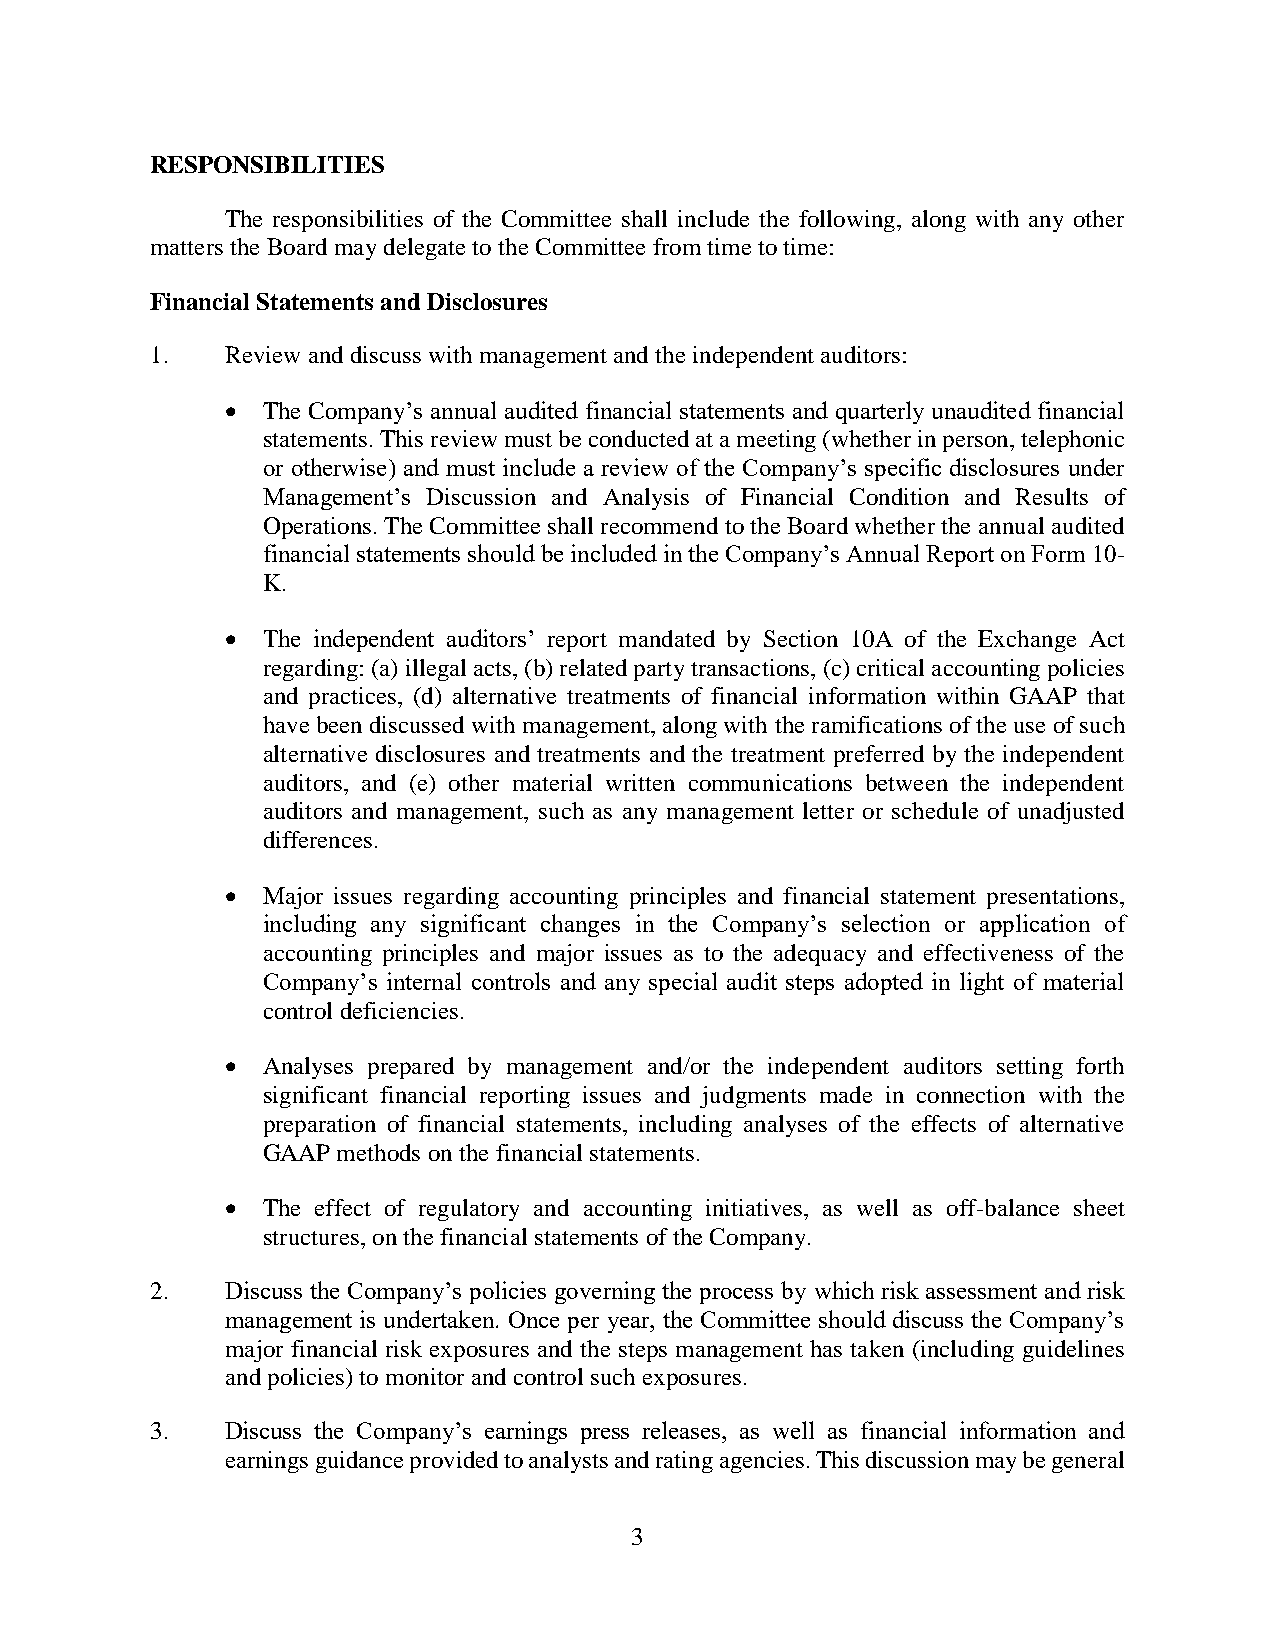
RESPONSIBILITIES
 The responsibilities of the Committee shall include the following, along with any other
 matters the Board may delegate to the Committee from time to time:
 Financial Statements and Disclosures
 1.   Review and discuss with management and the independent auditors:
  The Company’s annual audited financial statements and quarterly unaudited financial
 statements. This review must be conducted at a meeting (whether in person, telephonic
 or otherwise) and must include a review of the Company’s specific disclosures under
 Management’s Discussion and Analysis of Financial Condition and Results of
 Operations. The Committee shall recommend to the Board whether the annual audited
 financial statements should be included in the Company’s Annual Report on Form 10-
 K.
  The independent auditors’ report mandated by Section 10A of the Exchange Act
 regarding: (a) illegal acts, (b) related party transactions, (c) critical accounting policies
 and practices, (d) alternative treatments of financial information within GAAP that
 have been discussed with management, along with the ramifications of the use of such
 alternative disclosures and treatments and the treatment preferred by the independent
 auditors, and (e) other material written communications between the independent
 auditors and management, such as any management letter or schedule of unadjusted
 differences.
  Major issues regarding accounting principles and financial statement presentations,
 including any significant changes in the Company’s selection or application of
 accounting principles and major issues as to the adequacy and effectiveness of the
 Company’s internal controls and any special audit steps adopted in light of material
 control deficiencies.
  Analyses prepared by management and/or the independent auditors setting forth
 significant financial reporting issues and judgments made in connection with the
 preparation of financial statements, including analyses of the effects of alternative
 GAAP methods on the financial statements.
  The effect of regulatory and accounting initiatives, as well as off-balance sheet
 structures, on the financial statements of the Company.
 2.   Discuss the Company’s policies governing the process by which risk assessment and risk
 management is undertaken. Once per year, the Committee should discuss the Company’s
 major financial risk exposures and the steps management has taken (including guidelines
 and policies) to monitor and control such exposures.
 3.   Discuss the Company’s earnings press releases, as well as financial information and
 earnings guidance provided to analysts and rating agencies. This discussion may be general
 3